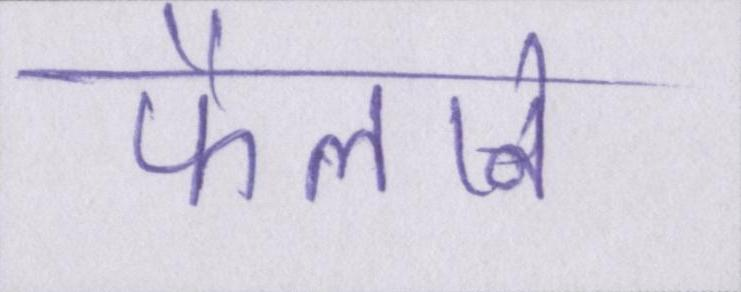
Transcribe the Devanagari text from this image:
फैलाने